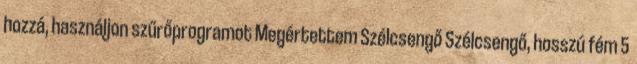
hozzá, használjon szűrőprogramot Megértettem Szélcsengő Szélcsengő, hosszú fém 5